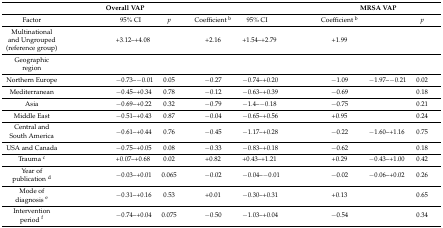
<table><thead><tr><td>[EMPTY_CELL]</td><td colspan="3"><b>Overall VAP</b></td><td colspan="3">[EMPTY_CELL]</td><td colspan="3"><b>MRSA VAP</b></td></tr></thead><tbody><tr><td>Factor</td><td>[EMPTY_CELL]</td><td>95% CI</td><td><i>p</i></td><td>Coefficient <sup>b</sup></td><td>95% CI</td><td>[EMPTY_CELL]</td><td>Coefficient <sup>b</sup></td><td>[EMPTY_CELL]</td><td><i>p</i></td></tr><tr><td>Multinational and Ungrouped (reference group)</td><td>[EMPTY_CELL]</td><td>+3.12–+4.08</td><td>[EMPTY_CELL]</td><td>+2.16</td><td>+1.54–+2.79</td><td>[EMPTY_CELL]</td><td>+1.99</td><td>[EMPTY_CELL]</td><td>[EMPTY_CELL]</td></tr><tr><td>Geographic region</td><td>[EMPTY_CELL]</td><td>[EMPTY_CELL]</td><td>[EMPTY_CELL]</td><td>[EMPTY_CELL]</td><td>[EMPTY_CELL]</td><td>[EMPTY_CELL]</td><td>[EMPTY_CELL]</td><td>[EMPTY_CELL]</td><td>[EMPTY_CELL]</td></tr><tr><td>Northern Europe</td><td>[EMPTY_CELL]</td><td>−0.73–−0.01</td><td>0.05</td><td>−0.27</td><td>−0.74–+0.20</td><td>[EMPTY_CELL]</td><td>−1.09</td><td>−1.97–−0.21</td><td>0.02</td></tr><tr><td>Mediterranean</td><td>[EMPTY_CELL]</td><td>−0.45–+0.34</td><td>0.78</td><td>−0.12</td><td>−0.63–+0.39</td><td>[EMPTY_CELL]</td><td>−0.69</td><td>[EMPTY_CELL]</td><td>0.18</td></tr><tr><td>Asia</td><td>[EMPTY_CELL]</td><td>−0.69–+0.22</td><td>0.32</td><td>−0.79</td><td>−1.4–−0.18</td><td>[EMPTY_CELL]</td><td>−0.75</td><td>[EMPTY_CELL]</td><td>0.21</td></tr><tr><td>Middle East</td><td>[EMPTY_CELL]</td><td>−0.51–+0.43</td><td>0.87</td><td>−0.04</td><td>−0.65–+0.56</td><td>[EMPTY_CELL]</td><td>+0.95</td><td>[EMPTY_CELL]</td><td>0.24</td></tr><tr><td>Central and South America</td><td>[EMPTY_CELL]</td><td>−0.61–+0.44</td><td>0.76</td><td>−0.45</td><td>−1.17–+0.28</td><td>[EMPTY_CELL]</td><td>−0.22</td><td>−1.60–+1.16</td><td>0.75</td></tr><tr><td>USA and Canada</td><td>[EMPTY_CELL]</td><td>−0.75–+0.05</td><td>0.08</td><td>−0.33</td><td>−0.83–+0.18</td><td>[EMPTY_CELL]</td><td>−0.62</td><td>[EMPTY_CELL]</td><td>0.18</td></tr><tr><td>Trauma <sup>c</sup></td><td>[EMPTY_CELL]</td><td>+0.07–+0.68</td><td>0.02</td><td>+0.82</td><td>+0.43–+1.21</td><td>[EMPTY_CELL]</td><td>+0.29</td><td>−0.43–+1.00</td><td>0.42</td></tr><tr><td>Year of publication <sup>d</sup></td><td>[EMPTY_CELL]</td><td>−0.03–+0.01</td><td>0.065</td><td>−0.02</td><td>−0.04–−0.01</td><td>[EMPTY_CELL]</td><td>−0.02</td><td>−0.06–+0.02</td><td>0.26</td></tr><tr><td>Mode of diagnosis <sup>e</sup></td><td>[EMPTY_CELL]</td><td>−0.31–+0.16</td><td>0.53</td><td>+0.01</td><td>−0.30–+0.31</td><td>[EMPTY_CELL]</td><td>+0.13</td><td>[EMPTY_CELL]</td><td>0.65</td></tr><tr><td>Intervention period <sup>f</sup></td><td>[EMPTY_CELL]</td><td>−0.74–+0.04</td><td>0.075</td><td>−0.50</td><td>−1.03–+0.04</td><td>[EMPTY_CELL]</td><td>−0.54</td><td>[EMPTY_CELL]</td><td>0.34</td></tr></tbody></table>